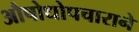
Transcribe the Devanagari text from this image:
औषोधोपचाराने